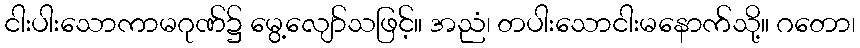
ငါးပါးသောကာမဂုဏ်၌ မွေ့လျော်သဖြင့်။ အညံ၊ တပါးသောငါးမနောက်သို့။ ဂတော၊